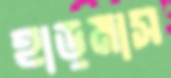
হাড়মাস